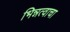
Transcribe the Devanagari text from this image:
भिन्नत्वाचा